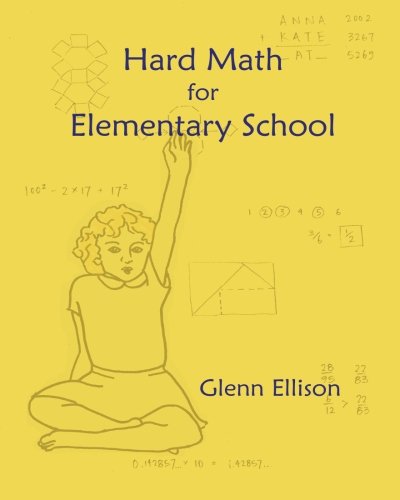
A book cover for Hard Math for Elementary School; Glenn Ellison; Science & Math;